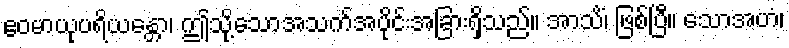
ဧဝမာယုပရိယန္တော၊ ဤသို့သောအသက်အပိုင်းအခြားရှိသည်။ အာသိံ၊ ဖြစ်ပြီ။ သောအဟံ၊